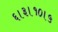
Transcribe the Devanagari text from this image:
६।३।१०।५